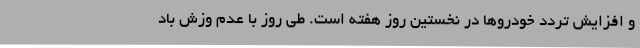
و افزایش تردد خودروها در نخستین روز هفته است. طی روز با عدم وزش باد